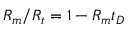
R _ { m } / R _ { t } = 1 - R _ { m } t _ { D }